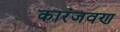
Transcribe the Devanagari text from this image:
कारंजवण